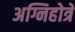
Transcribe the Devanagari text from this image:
अग्निहोत्रे